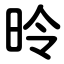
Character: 昤